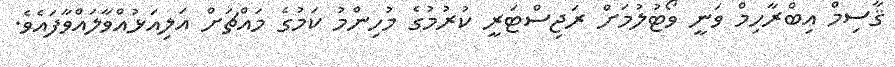
ޤާސިމް އިބްރާހިމް ވަނީ ވޯޓުލުމަށް ރަޖިސްޓަރީ ކުރުމުގެ މުހިންމު ކަމުގެ މައްޗަށް އަލިއަޅުއްވާލައްވާފައެވެ.